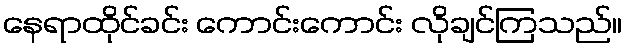
နေရာထိုင်ခင်း ကောင်းကောင်း လိုချင်ကြသည်။